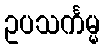
ဥပသင်္ကမ္မ